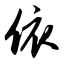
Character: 侬